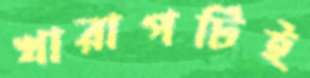
খারাপটিই